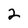
Character: 2